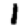
Digit: 1